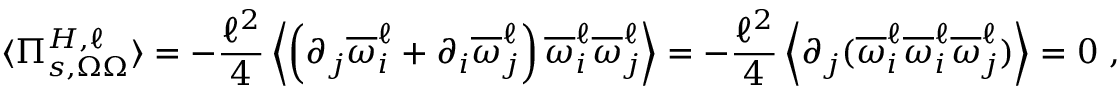
\langle \Pi _ { s , \Omega \Omega } ^ { H , \ell } \rangle = - \frac { \ell ^ { 2 } } { 4 } \left\langle \left( \partial _ { j } \overline { { \omega } } _ { i } ^ { \ell } + \partial _ { i } \overline { { \omega } } _ { j } ^ { \ell } \right) \overline { { \omega } } _ { i } ^ { \ell } \overline { { \omega } } _ { j } ^ { \ell } \right\rangle = - \frac { \ell ^ { 2 } } { 4 } \left\langle \partial _ { j } ( \overline { { \omega } } _ { i } ^ { \ell } \overline { { \omega } } _ { i } ^ { \ell } \overline { { \omega } } _ { j } ^ { \ell } ) \right\rangle = 0 \ ,